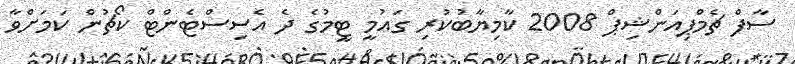
ސާފް ޗެމްޕިއަންޝިޕް 2008 ކާމިޔާބުކުރި ގައުމީ ޓީމުގެ ދެ އެސިސްޓެންޓް ކޯޗުން ކަމަށްވާ